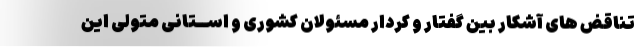
تناقض های آشکار بین گفتار و کردار مسئولان کشوری و اســتانی متولی این